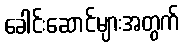
ခေါင်းဆောင်များအတွက်